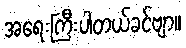
အရေးကြီးပါတယ်ခင်ဗျာ။